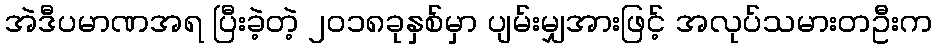
အဲဒီပမာဏအရ ပြီးခဲ့တဲ့ ၂၀၁၈ခုနှစ်မှာ ပျမ်းမျှအားဖြင့် အလုပ်သမားတဦးက